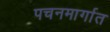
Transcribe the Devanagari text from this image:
पचनमार्गात